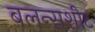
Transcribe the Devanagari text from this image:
बलन्सशीट